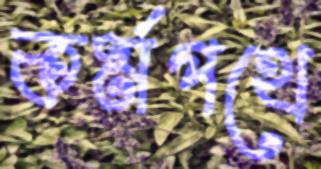
কর্মপথে